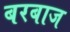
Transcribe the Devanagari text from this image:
बरबाज